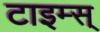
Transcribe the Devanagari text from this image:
टाइम्स्